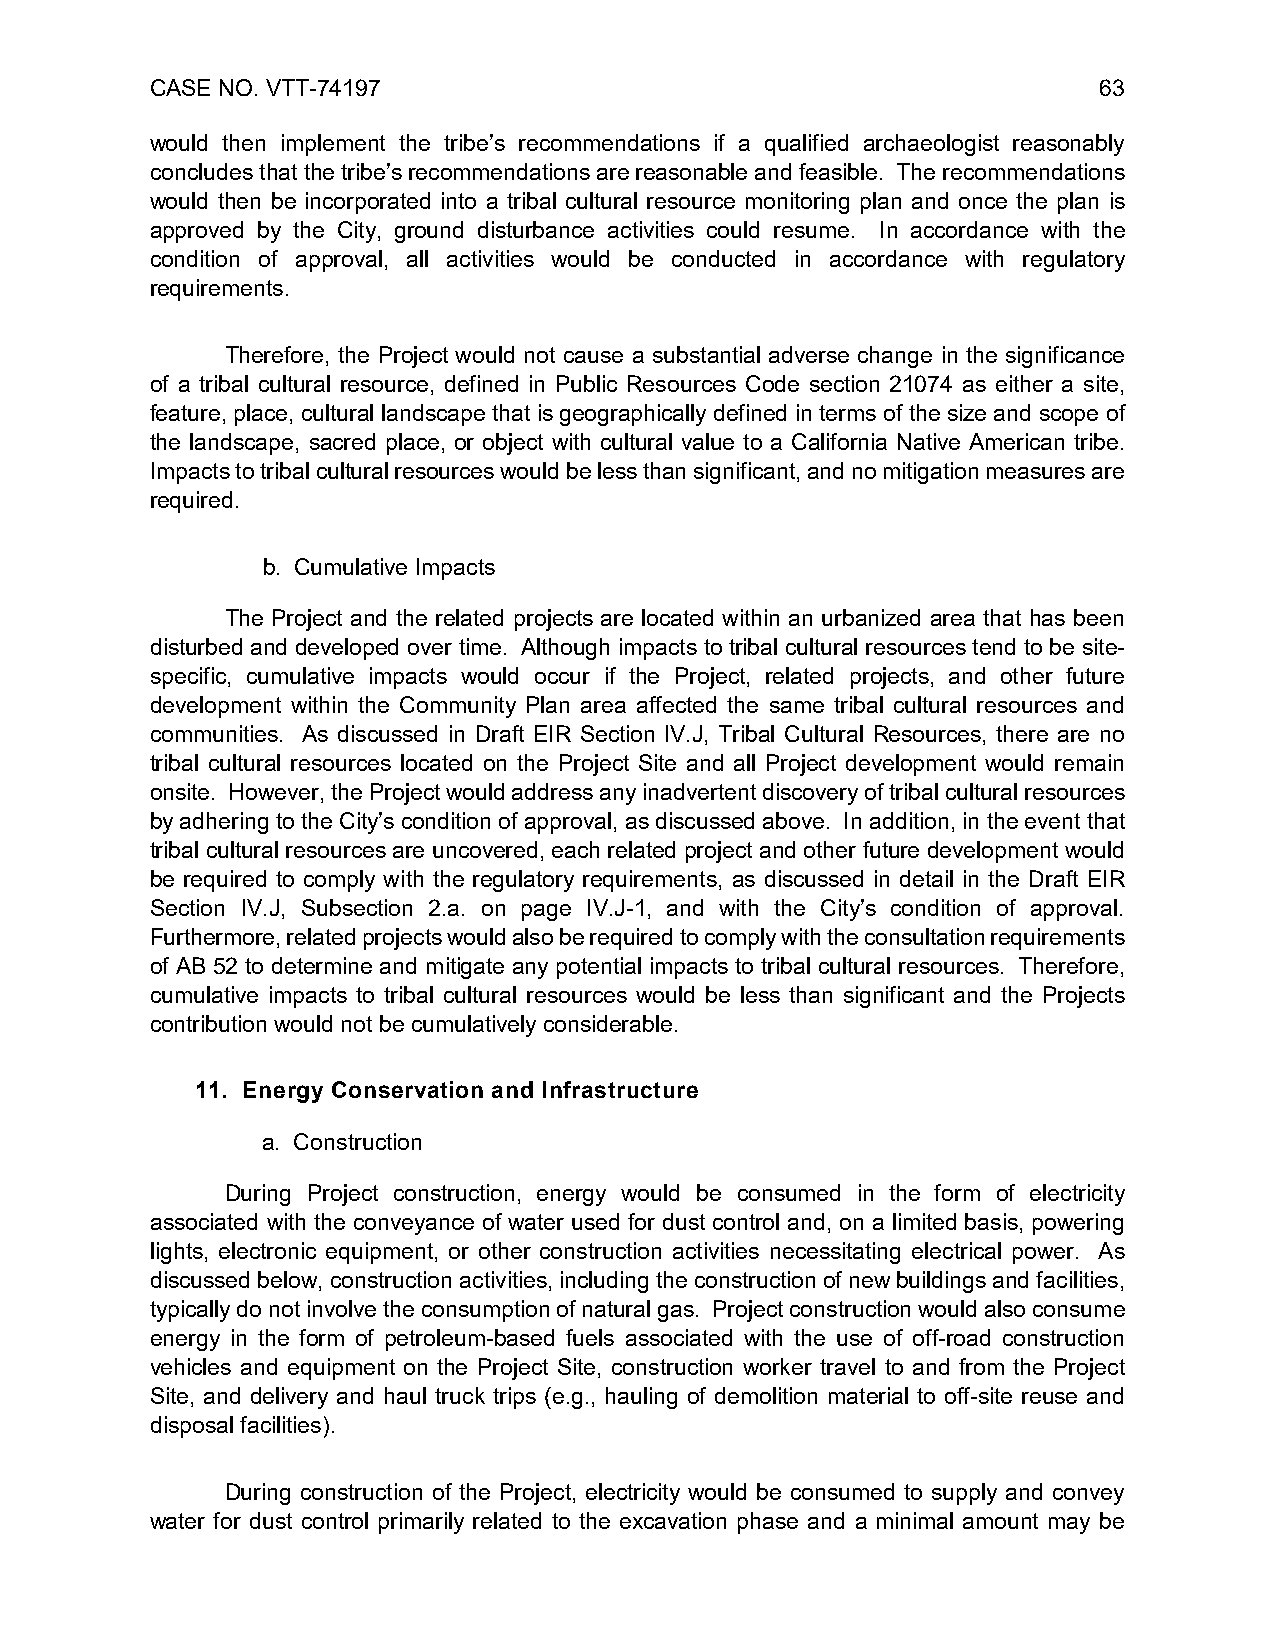
CASE NO. VTT-74197                                             63
 would then implement the tribe’s recommendations if a qualified archaeologist reasonably
 concludes that the tribe’s recommendations are reasonable and feasible. The recommendations
 would then be incorporated into a tribal cultural resource monitoring plan and once the plan is
 approved by the City, ground disturbance activities could resume. In accordance with the
 condition of approval, all activities would be conducted in accordance with regulatory
 requirements.
 Therefore, the Project would not cause a substantial adverse change in the significance
 of a tribal cultural resource, defined in Public Resources Code section 21074 as either a site,
 feature, place, cultural landscape that is geographically defined in terms of the size and scope of
 the landscape, sacred place, or object with cultural value to a California Native American tribe.
 Impacts to tribal cultural resources would be less than significant, and no mitigation measures are
 required.
 b. Cumulative Impacts
 The Project and the related projects are located within an urbanized area that has been
 disturbed and developed over time. Although impacts to tribal cultural resources tend to be site-
 specific, cumulative impacts would occur if the Project, related projects, and other future
 development within the Community Plan area affected the same tribal cultural resources and
 communities. As discussed in Draft EIR Section IV.J, Tribal Cultural Resources, there are no
 tribal cultural resources located on the Project Site and all Project development would remain
 onsite. However, the Project would address any inadvertent discovery of tribal cultural resources
 by adhering to the City’s condition of approval, as discussed above. In addition, in the event that
 tribal cultural resources are uncovered, each related project and other future development would
 be required to comply with the regulatory requirements, as discussed in detail in the Draft EIR
 Section IV.J, Subsection 2.a. on page IV.J-1, and with the City’s condition of approval.
 Furthermore, related projects would also be required to comply with the consultation requirements
 of AB 52 to determine and mitigate any potential impacts to tribal cultural resources. Therefore,
 cumulative impacts to tribal cultural resources would be less than significant and the Projects
 contribution would not be cumulatively considerable.
 11. Energy Conservation and Infrastructure
 a. Construction
 During Project construction, energy would be consumed in the form of electricity
 associated with the conveyance of water used for dust control and, on a limited basis, powering
 lights, electronic equipment, or other construction activities necessitating electrical power. As
 discussed below, construction activities, including the construction of new buildings and facilities,
 typically do not involve the consumption of natural gas. Project construction would also consume
 energy in the form of petroleum-based fuels associated with the use of off-road construction
 vehicles and equipment on the Project Site, construction worker travel to and from the Project
 Site, and delivery and haul truck trips (e.g., hauling of demolition material to off-site reuse and
 disposal facilities).
 During construction of the Project, electricity would be consumed to supply and convey
 water for dust control primarily related to the excavation phase and a minimal amount may be